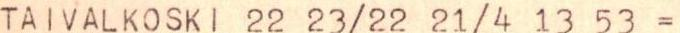
TAIVALKOSKI 22 23/22 21/4 13 53 =